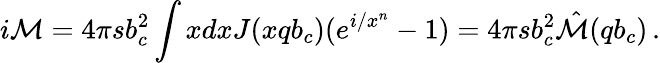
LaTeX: i{\cal M}=4\pi sb_{c}^{2}\int xdxJ(xqb_{c})(e^{i/x^{n}}-1)=4\pi sb_{c}^{2}\hat{\cal M}(qb_{c})\, .